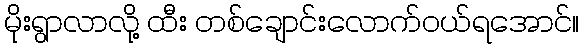
မိုးရွာလာလို့ ထီး တစ်ချောင်းလောက်ဝယ်ရအောင်။